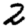
Digit: 2